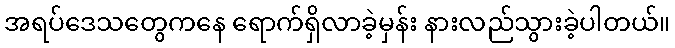
အရပ်ဒေသတွေကနေ ရောက်ရှိလာခဲ့မှန်း နားလည်သွားခဲ့ပါတယ်။